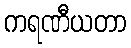
ကရဏီယတာ